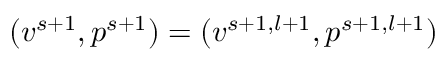
( v ^ { s + 1 } , p ^ { s + 1 } ) = ( v ^ { s + 1 , l + 1 } , p ^ { s + 1 , l + 1 } )